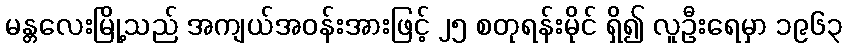
မန္တလေးမြို့သည် အကျယ်အဝန်းအားဖြင့် ၂၅ စတုရန်းမိုင် ရှိ၍ လူဦးရေမှာ ၁၉၆၃